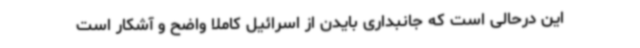
این درحالی است که جانبداری بایدن از اسرائیل کاملا واضح و آشکار است